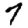
Digit: 7